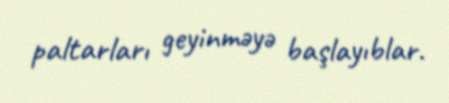
paltarları geyinməyə başlayıblar.